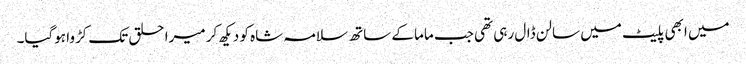
میں ابھی پلیٹ میں سالن ڈال رہی تھی جب ماما کے ساتھ سلامہ شاہ کو دیکھ کر میرا حلق تک کڑوا ہوگیا۔